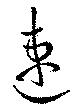
速